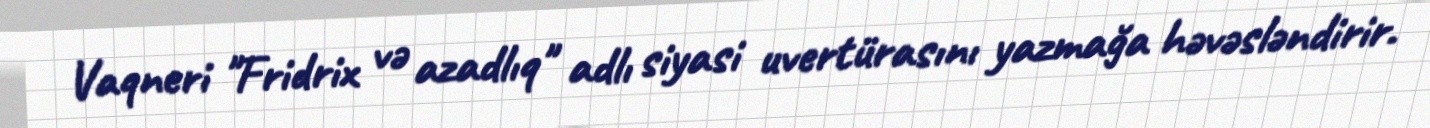
Vaqneri "Fridrix və azadlıq" adlı siyasi uvertürasını yazmağa həvəsləndirir.